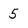
Character: 5